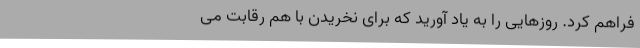
فراهم کرد. روزهایی را به یاد آورید که برای نخریدن با هم رقابت می‌